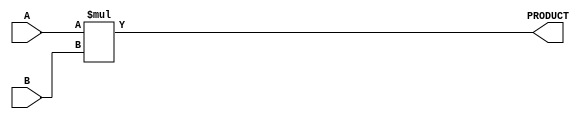
module ParameterizedMultiplier #(parameter A_WIDTH = 8,     // Bit width of the first input operand
                                 parameter B_WIDTH = 8)     // Bit width of the second input operand
                                (input  [A_WIDTH-1:0] A,     // First input operand
                                 input  [B_WIDTH-1:0] B,     // Second input operand
                                 output reg [A_WIDTH+B_WIDTH-1:0] PRODUCT); // Output product

    // Behavioral modeling for multiplication
    always @(*) begin
        PRODUCT = A * B; // Perform multiplication
    end
    
endmodule